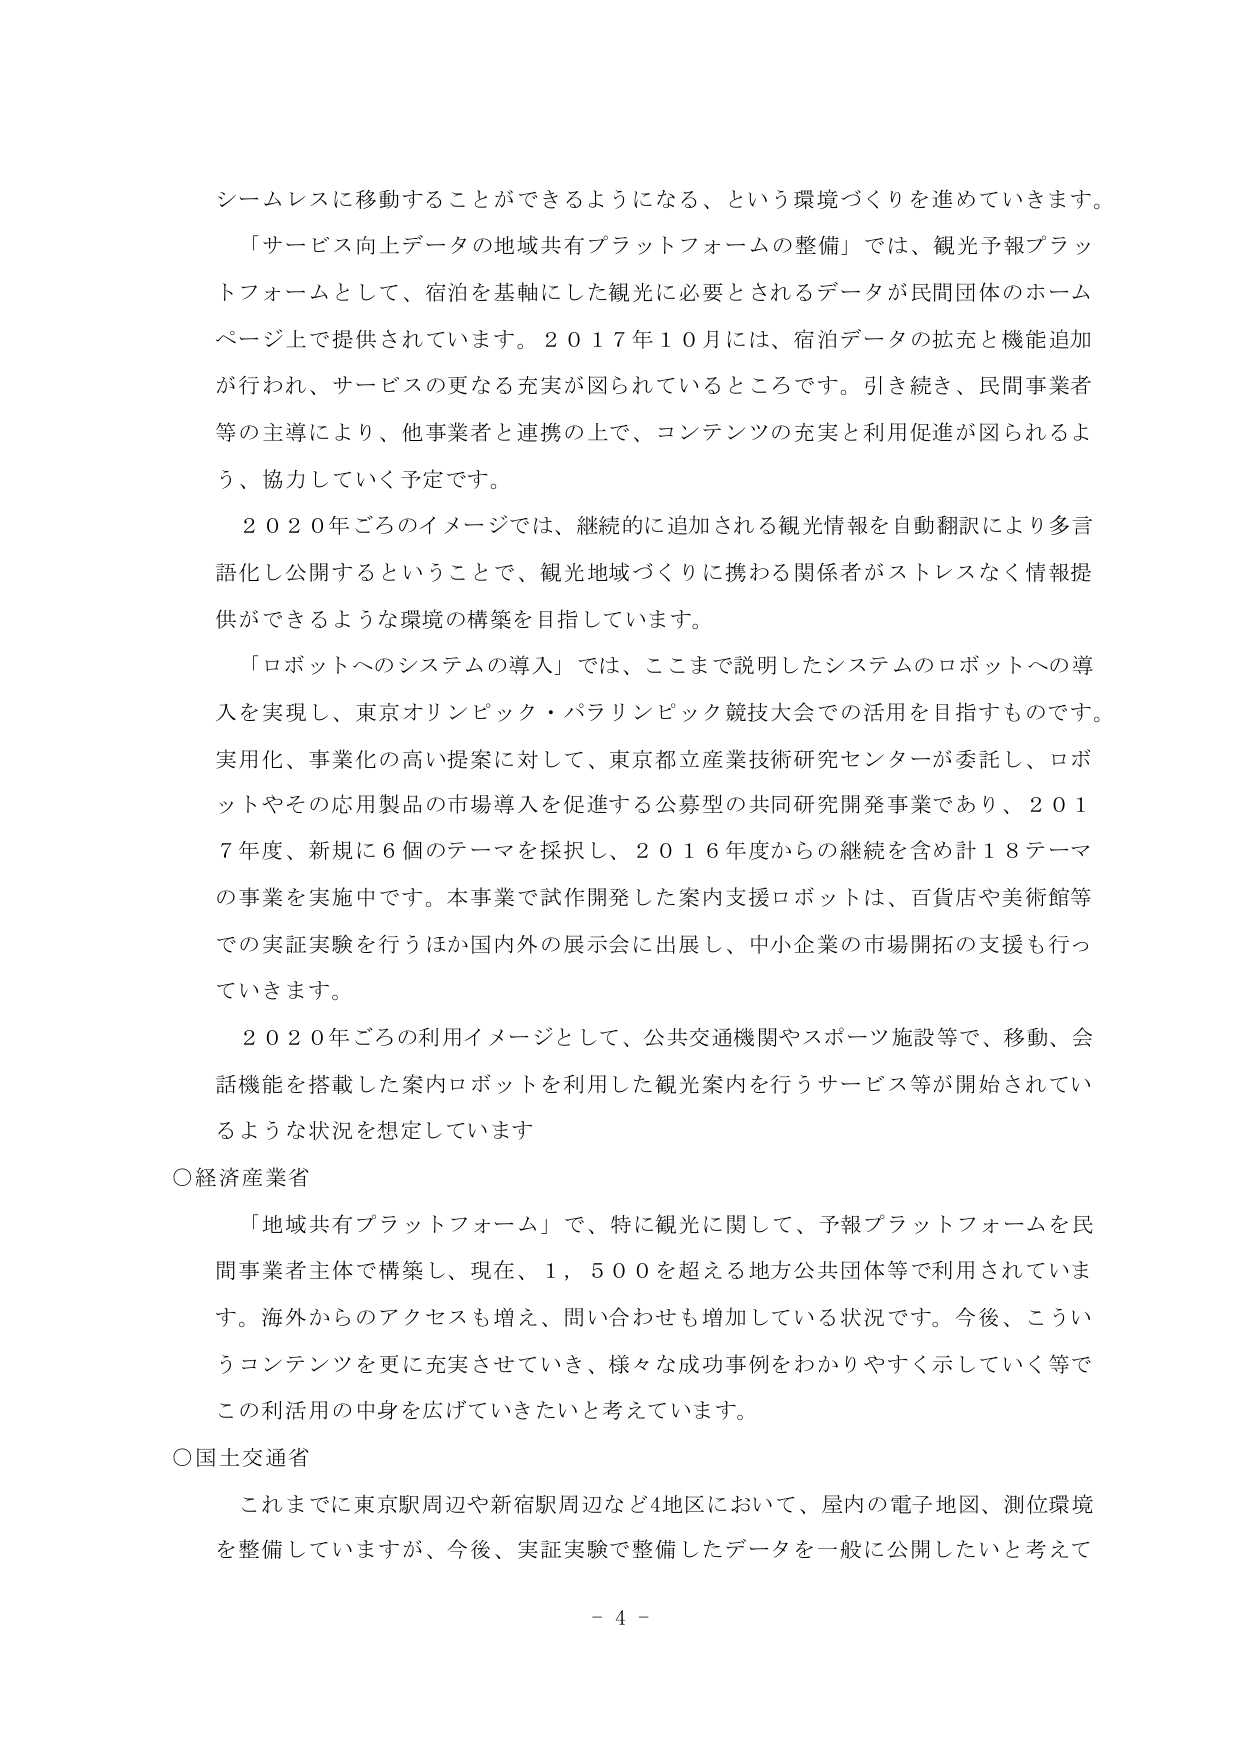
シームレスに移動することができるようになる、という環境づくりを進めていきます。

「サービス向上データの地域共有プラットフォームの整備」では、観光予報プラットフォームとして、宿泊を基軸にした観光に必要とされるデータが民間団体のホームページ上で提供されています。2017年10月には、宿泊データの拡充と機能追加が行われ、サービスの更なる充実が図られているところです。引き続き、民間事業者等の主導により、他事業者と連携の上で、コンテンツの充実と利用促進が図られるよう、協力していく予定です。

2020年ごろのイメージでは、継続的に追加される観光情報を自動翻訳により多言語化し公開するということで、観光地域づくりに携わる関係者がストレスなく情報提供ができるような環境の構築を目指しています。

「ロボットへのシステムの導入」では、ここまで説明したシステムのロボットへの導入を実現し、東京オリンピック・パラリンピック競技大会での活用を目指すものです。実用化、事業化の高い提案に対して、東京都立産業技術研究センターが委託し、ロボットやその応用製品の市場導入を促進する公募型の共同研究開発事業であり、2017年度、新規に6個のテーマを採択し、2016年度からの継続を含め計18テーマの事業を実施中です。本事業で試作開発した案内支援ロボットは、百貨店や美術館等での実証実験を行うほか国内外の展示会に出展し、中小企業の市場開拓の支援も行っていきます。

2020年ごろの利用イメージとして、公共交通機関やスポーツ施設等で、移動、会話機能を搭載した案内ロボットを利用した観光案内を行うサービス等が開始されているような状況を想定しています

○経済産業省

「地域共有プラットフォーム」で、特に観光に関して、予報プラットフォームを民間事業者主体で構築し、現在、1,500を超える地方公共団体等で利用されています。海外からのアクセスも増え、問い合わせも増加している状況です。今後、こういうコンテンツを更に充実させていき、様々な成功事例をわかりやすく示していく等でこの利活用の中身を広げていきたいと考えています。

○国土交通省

これまでに東京駅周辺や新宿駅周辺など4地区において、屋内の電子地図、測位環境を整備していますが、今後、実証実験で整備したデータを一般に公開したいと考えて

- 4 -